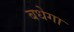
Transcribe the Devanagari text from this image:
बधेगा